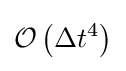
{\mathcal {O}}\left(\Delta t^{4}\right)